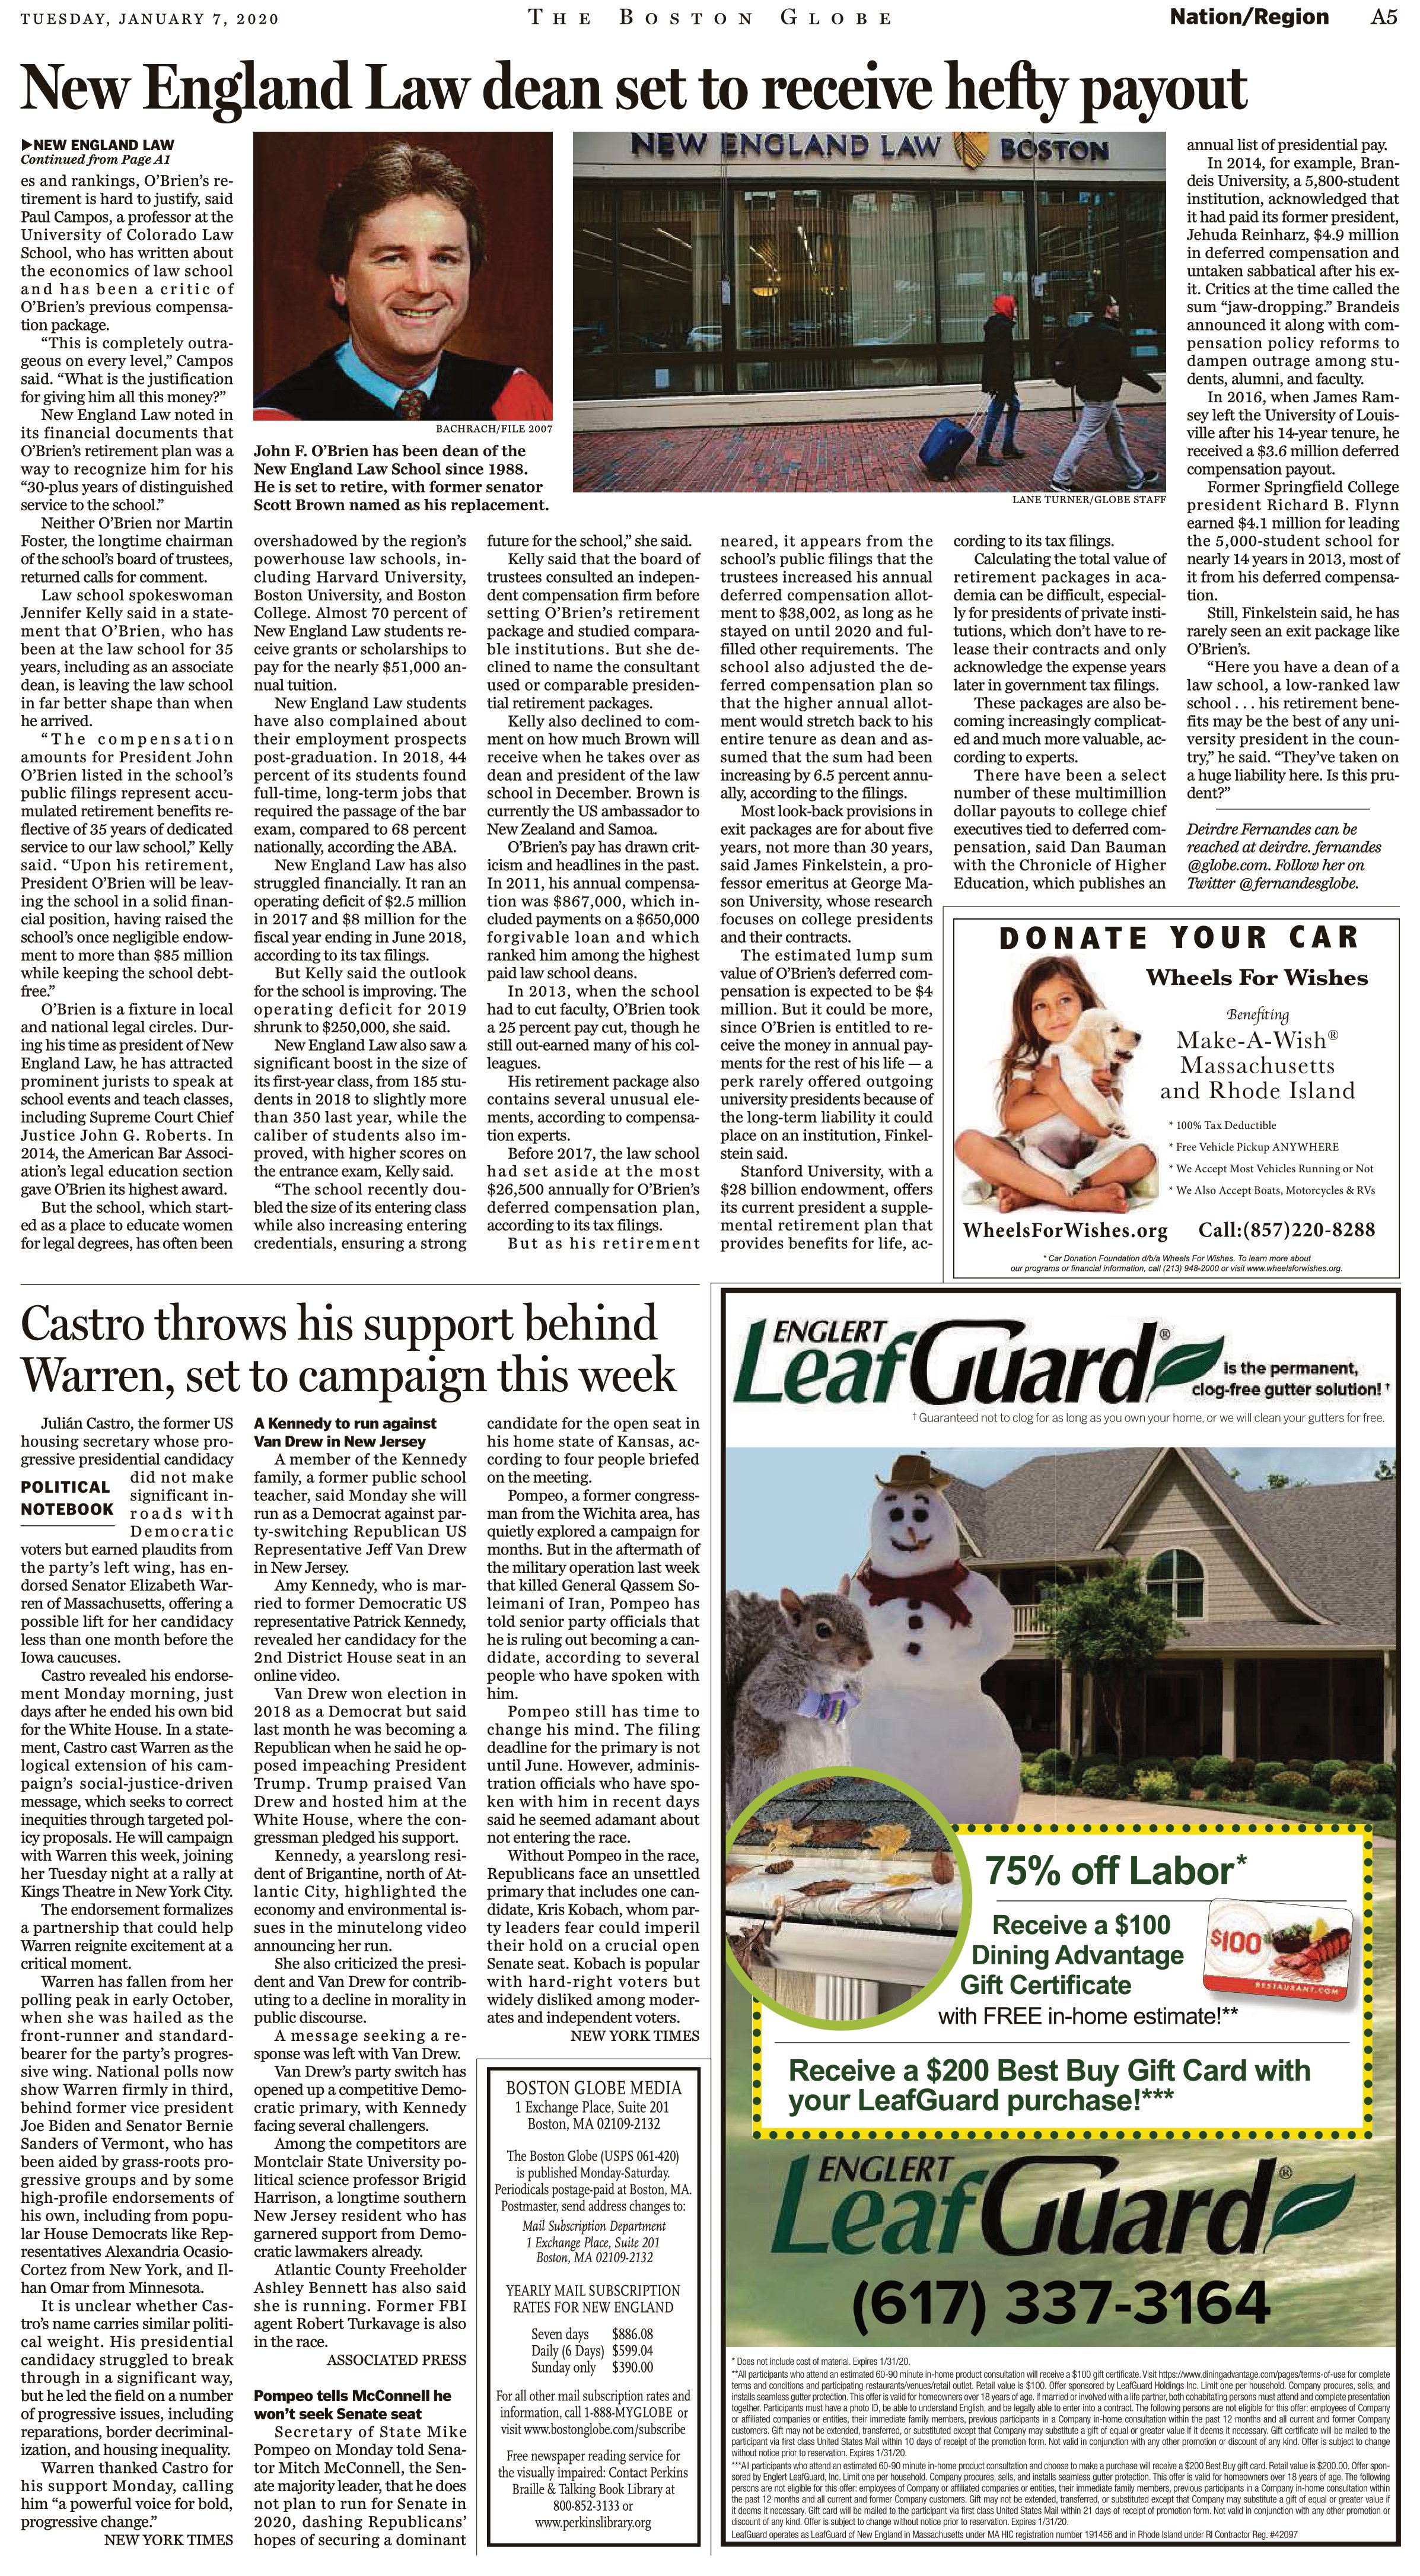
Language: en